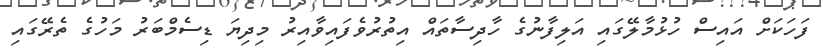
ފަހަކަށް އައިސް ހުޅުމާލޭގައި އަލިފާނުގެ ހާދިސާތައް އިތުރުވެފައިވާއިރު މިދިޔަ ޑިސެމްބަރު މަހުގެ ތެރޭގައި